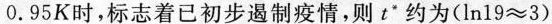
0 . 9 5 K$$时，标志着已初步遏制疫情，则t*约为( $$ln 1 9 ≈ 3$$ )